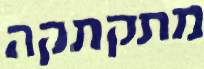
מתקתקה